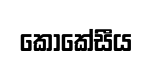
කොකේසීය